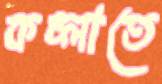
কচ্‌লাতে